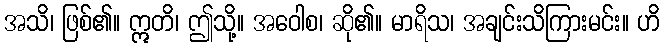
အသိ၊ ဖြစ်၏။ ဣတိ၊ ဤသို့။ အဝေါစ၊ ဆို၏။ မာရိသ၊ အချင်းသိကြားမင်း။ ဟိ